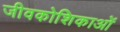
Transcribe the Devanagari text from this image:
जीवकोशिकाओं